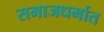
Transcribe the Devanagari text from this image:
समाजधर्मात